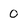
Character: 0